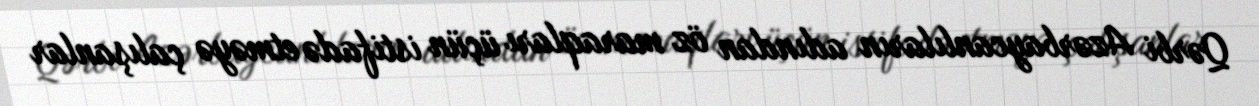
Qərbi Azərbaycanlıların adından öz maraqları üçün istifadə etməyə çalışanlar